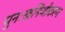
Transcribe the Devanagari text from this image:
पुनःखनिजीकरण